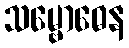
သမ္ဗောဓေန